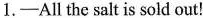
1.—All the salt is sold out!